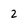
Character: 2